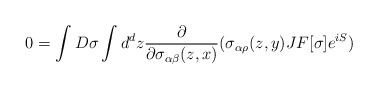
\begin{align*}0=\int D\sigma \int d^{d}z {\partial\over\partial\sigma_{\alpha\beta} (z,x)}(\sigma_{\alpha\rho} (z,y) J F[\sigma ]e^{iS}) \end{align*}